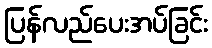
ပြန်လည်ပေးအပ်ခြင်း